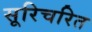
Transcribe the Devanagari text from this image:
सूरिचरित